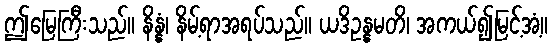
ဤမြေကြီးသည်။ နိန္နံ၊ နိမ့်ရာအရပ်သည်။ ယဒိဥန္နမတိ၊ အကယ်၍မြင့်အံ့။